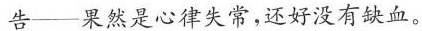
告——果然是心律失常，还好没有缺血。